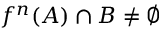
f ^ { n } ( A ) \cap B \neq \varnothing